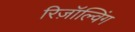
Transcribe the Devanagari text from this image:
रिज़ॉल्विंग